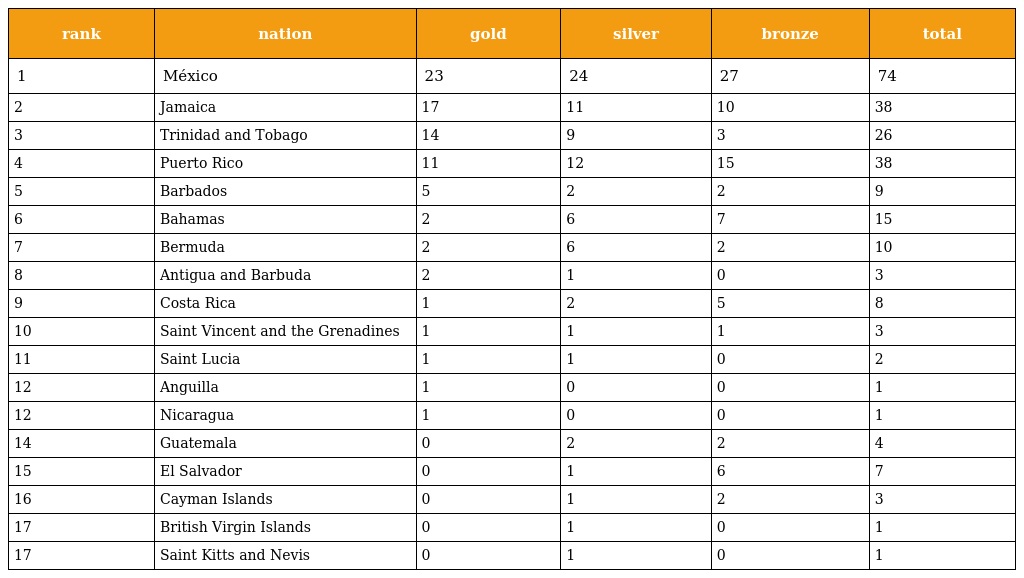
| rank | nation | gold | silver | bronze | total |
 | --- | --- | --- | --- | --- | --- |
 | 1 | México | 23 | 24 | 27 | 74 |
 | 2 | Jamaica | 17 | 11 | 10 | 38 |
 | 3 | Trinidad and Tobago | 14 | 9 | 3 | 26 |
 | 4 | Puerto Rico | 11 | 12 | 15 | 38 |
 | 5 | Barbados | 5 | 2 | 2 | 9 |
 | 6 | Bahamas | 2 | 6 | 7 | 15 |
 | 7 | Bermuda | 2 | 6 | 2 | 10 |
 | 8 | Antigua and Barbuda | 2 | 1 | 0 | 3 |
 | 9 | Costa Rica | 1 | 2 | 5 | 8 |
 | 10 | Saint Vincent and the Grenadines | 1 | 1 | 1 | 3 |
 | 11 | Saint Lucia | 1 | 1 | 0 | 2 |
 | 12 | Anguilla | 1 | 0 | 0 | 1 |
 | 12 | Nicaragua | 1 | 0 | 0 | 1 |
 | 14 | Guatemala | 0 | 2 | 2 | 4 |
 | 15 | El Salvador | 0 | 1 | 6 | 7 |
 | 16 | Cayman Islands | 0 | 1 | 2 | 3 |
 | 17 | British Virgin Islands | 0 | 1 | 0 | 1 |
 | 17 | Saint Kitts and Nevis | 0 | 1 | 0 | 1 |